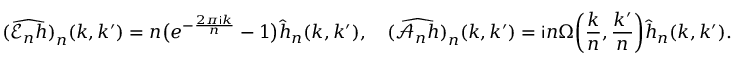
\widehat { ( \mathscr { E } _ { n } h ) } _ { n } ( k , k ^ { \prime } ) = n \big ( e ^ { - \frac { 2 \pi \mathsf { i } k } { n } } - 1 \big ) \widehat { h } _ { n } ( k , k ^ { \prime } ) , \quad \widehat { ( \mathscr { A } _ { n } h ) } _ { n } ( k , k ^ { \prime } ) = \mathsf { i } n \Omega \bigg ( \frac { k } { n } , \frac { k ^ { \prime } } { n } \bigg ) \widehat { h } _ { n } ( k , k ^ { \prime } ) .